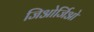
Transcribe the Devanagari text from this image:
जिओर्जिओ